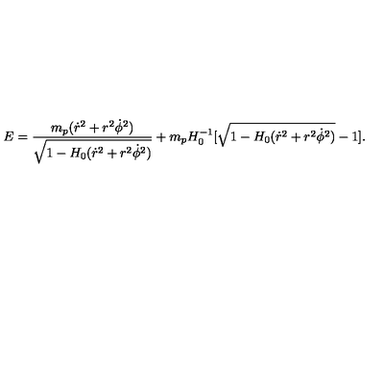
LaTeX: E = \frac { m _ { p } ( \dot { r } ^ { 2 } + r ^ { 2 } \dot { \phi } ^ { 2 } ) } { \sqrt { 1 - H _ { 0 } ( \dot { r } ^ { 2 } + r ^ { 2 } \dot { \phi } ^ { 2 } ) } } + m _ { p } H _ { 0 } ^ { - 1 } [ \sqrt { 1 - H _ { 0 } ( \dot { r } ^ { 2 } + r ^ { 2 } \dot { \phi } ^ { 2 } ) } - 1 ] .